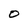
Character: O